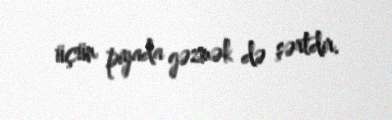
üçün piyada gəzmək də şərtdir.